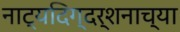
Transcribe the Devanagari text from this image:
नाट्यदिग्दर्शनाच्या